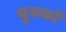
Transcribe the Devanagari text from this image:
चुवकों